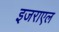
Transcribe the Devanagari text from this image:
इजराएल